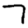
Digit: 7